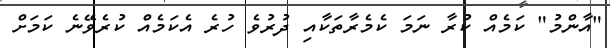
"އާންމު" ކަމެއް ކުރާ ނަމަ ކެމެރާތަކާއި ދުރުވެ ހުރެ އެކަމެއް ކުރެވޭނެ ކަމަށް